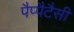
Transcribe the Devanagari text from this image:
पैप्पैटैसी